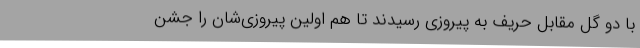
با دو گل مقابل حریف به پیروزی رسیدند تا هم اولین پیروزی‌شان را جشن